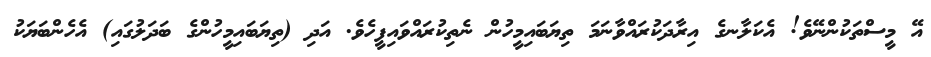
އޭ މީސްތަކުންނޭވެ! އެކަލާނގެ އިރާދަކުރައްވާނަމަ ތިޔަބައިމީހުން ނެތިކުރައްވައިފީހެވެ. އަދި (ތިޔަބައިމީހުންގެ ބަދަލުގައި) އެހެންބަޔަކު